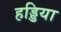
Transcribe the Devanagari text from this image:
हड्डिया